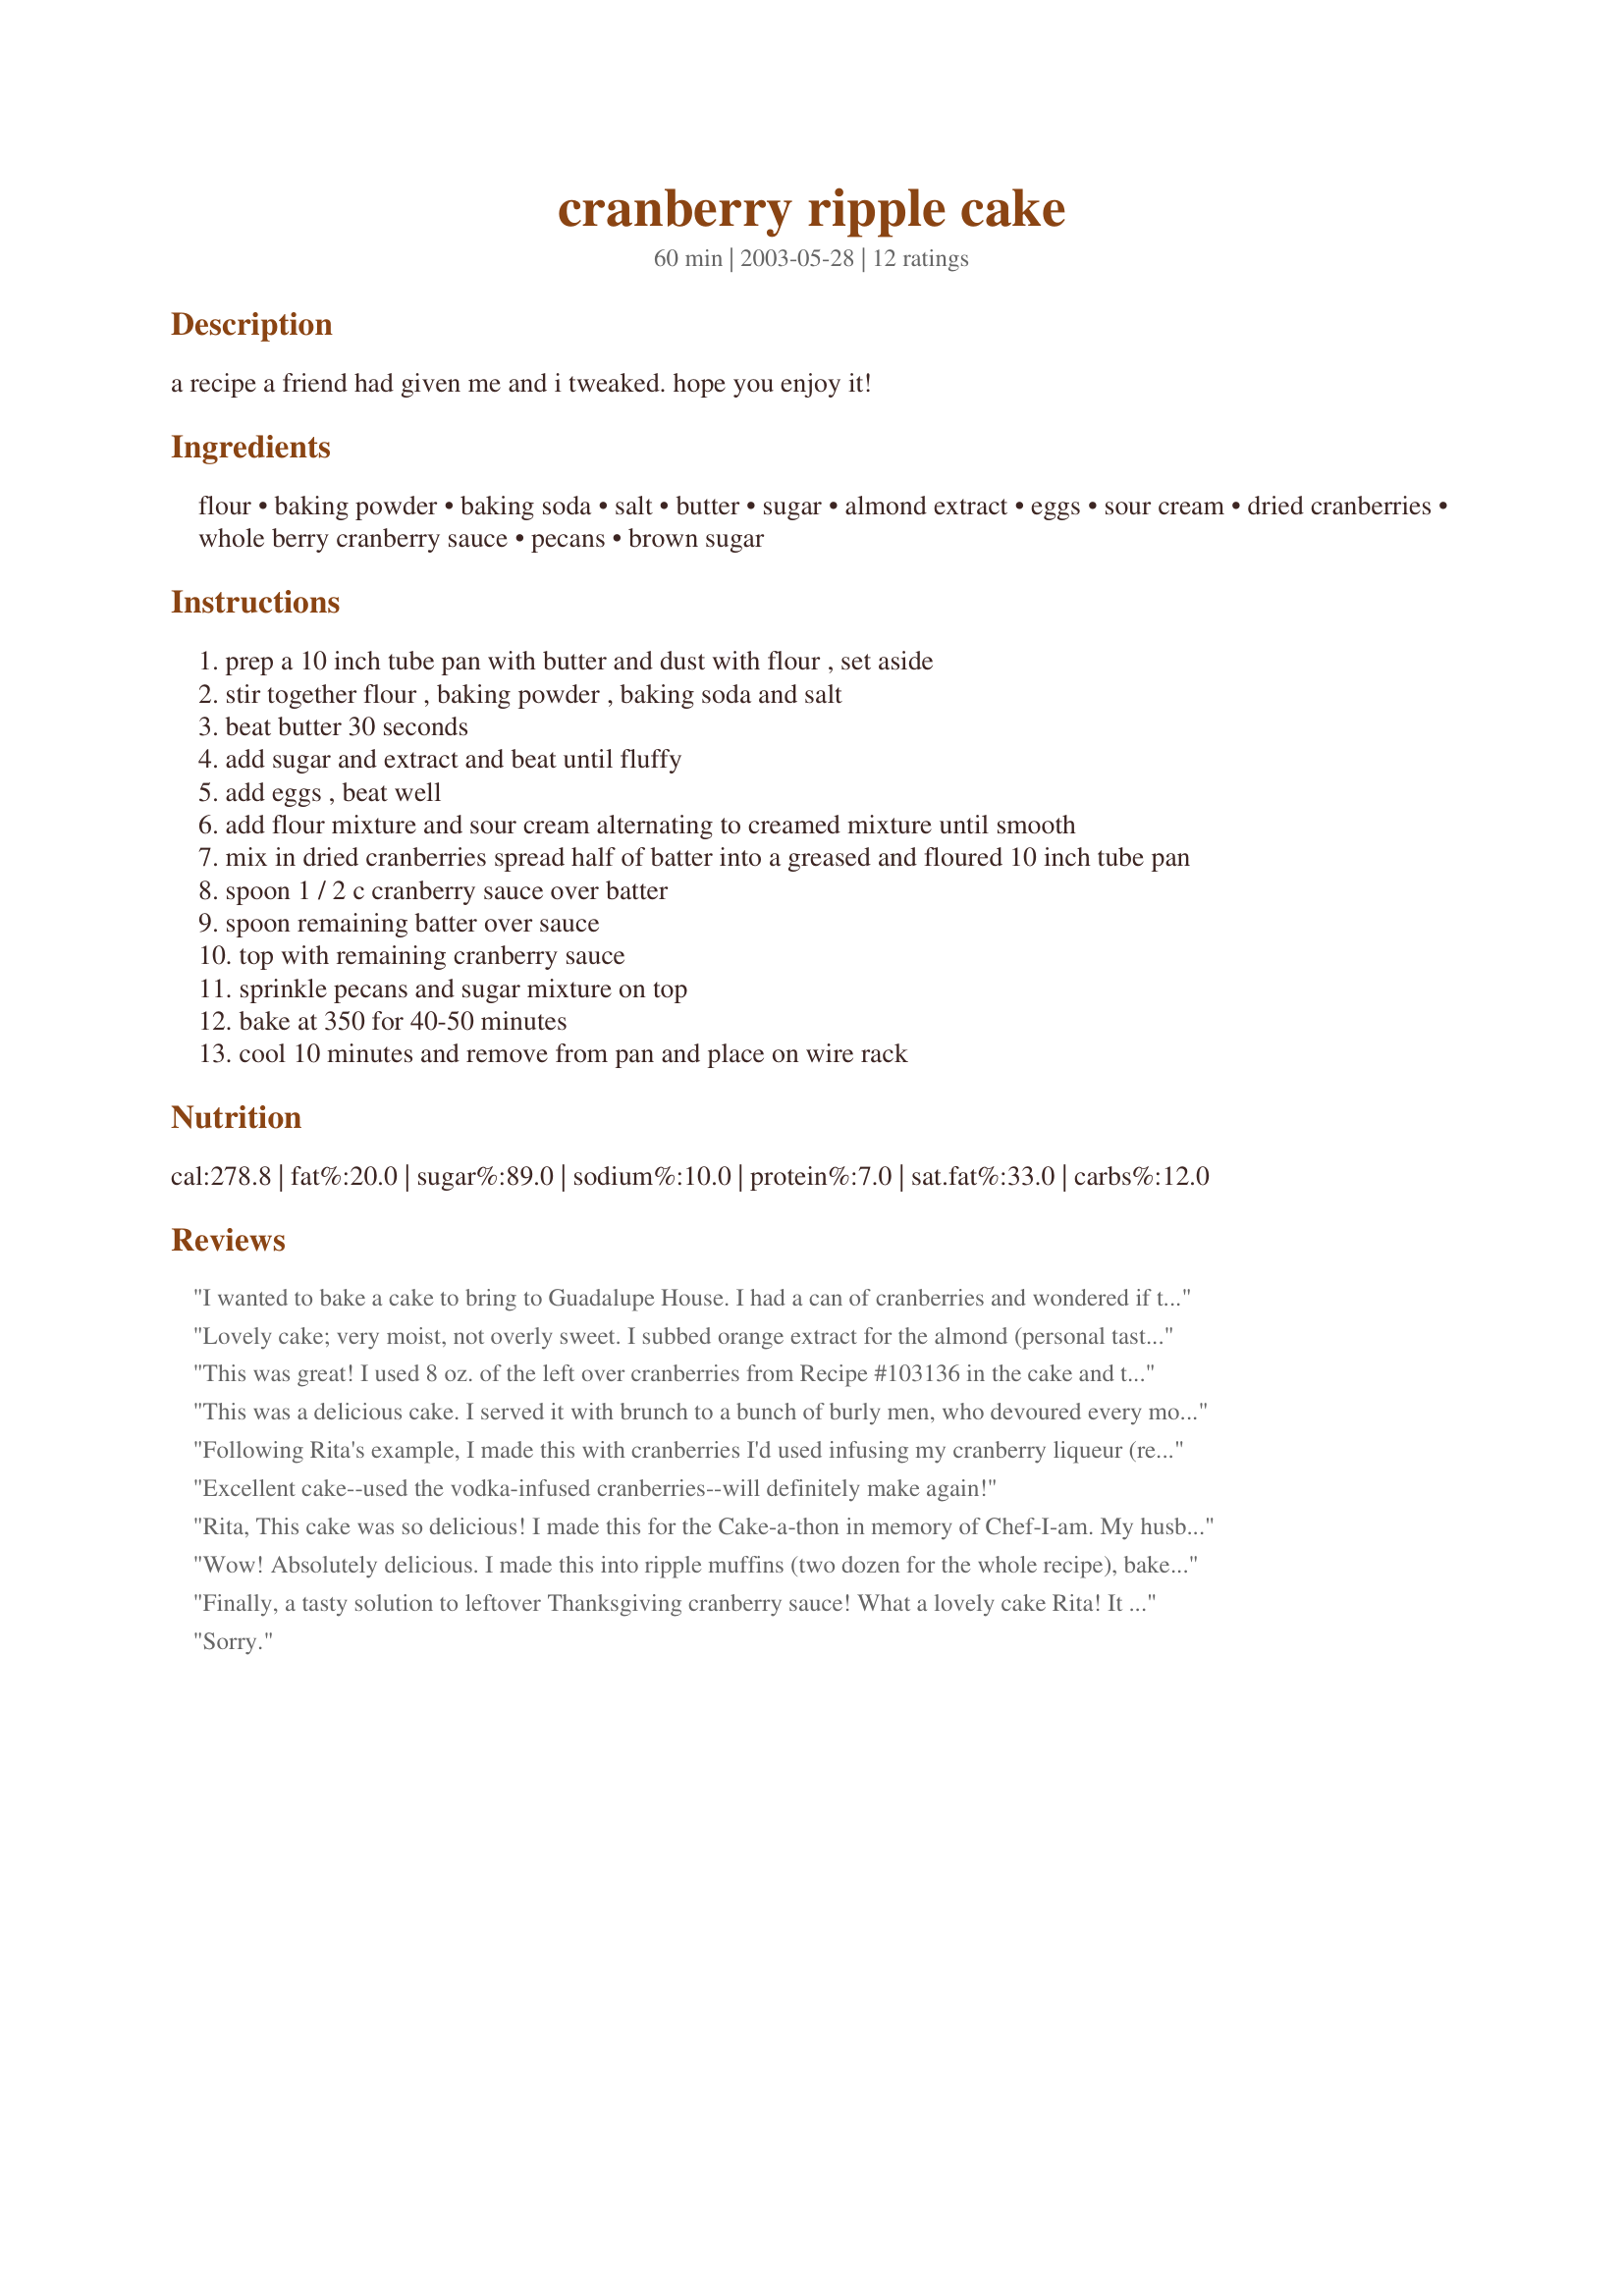
cranberry ripple cake
Preparation time: 60 minutes

a recipe a friend had given me and i tweaked. hope you enjoy it!

Ingredients:
flour, baking powder, baking soda, salt, butter, sugar, almond extract, eggs, sour cream, dried cranberries, whole berry cranberry sauce, pecans, brown sugar

Steps:
prep a 10 inch tube pan with butter and dust with flour , set aside
stir together flour , baking powder , baking soda and salt
beat butter 30 seconds
add sugar and extract and beat until fluffy
add eggs , beat well
add flour mixture and sour cream alternating to creamed mixture until smooth
mix in dried cranberries spread half of batter into a greased and floured 10 inch tube pan
spoon 1 / 2 c cranberry sauce over batter
spoon remaining batter over sauce
top with remaining cranberry sauce
sprinkle pecans and sugar mixture on top
bake at 350 for 40-50 minutes
cool 10 minutes and remove from pan and place on wire rack

Reviews:
I wanted to bake a cake to bring to Guadalupe House. I had a can of cranberries and wondered if there was such a thing as a cranberry cake and found this! I brought it tonight 2/1/11 and folks loved it. I had enough cranberries and sour cream left to make another 1/2 recipe - I made it in a small rectangular pan - will bring it to work tomorrow.
Lovely cake; very moist, not overly sweet. I subbed orange extract for the almond (personal taste) & used a 16 oz. can of cranberry sauce. I followed Hey Judes's lead & used my hands to spread the sauce over the batter - worked great. Thanks for sharing!
This was great! I used 8 oz. of the left over cranberries from Recipe #103136 in the cake and then the rest of the cranberries that were left over in a glaze. I used 2 C powdered sugar, the juice of one lemon and the rest of the left over cranberries and heated that together and topped the slices of cake with it. Yummmo
This was a delicious cake. I served it with brunch to a bunch of burly men, who devoured every morsel. I substituted lemon extract for the almond, as I failed to check for ingredients prior to starting (doh!). Made with cranberries from eebrag's cranberry liqueur recipe (103136).
Following Rita's example, I made this with cranberries I'd used infusing my cranberry liqueur (recipe #103136). It made for a very pretty and tasty cake. I left out the dried cranberries and baked the cake in a bundt pan. Just to say this works very well with liqueur-flavored cranberries. Thanks for the idea, Rita!
Excellent cake--used the vodka-infused cranberries--will definitely make again!
Rita, This cake was so delicious! I made this for the Cake-a-thon in memory of Chef-I-am. My husband was in heaven and can't wait until Thanksgiving when I make another one! The only thing I had to do differently was to use a bundt pan instead of a tube pan. Thanks for posting this recipe!
Wow! Absolutely delicious. I made this into ripple muffins (two dozen for the whole recipe), baked at 375 F for 18 minutes. I am not sure how you could not like or love these, unless maybe you didn't like cranberries or almond extract. I made these light with nonfat sour cream and Smart Balance, and they were still fabulous. I did not use a canned sauce, but a fresh one made with brandy and orange zest. I have made tons of muffins, and these are some of the best. They look gorgeous too!
Finally, a tasty solution to leftover Thanksgiving cranberry sauce! What a lovely cake Rita! It was a bit tricky spooning the cranberry sauce over the batter and I ended up using my hands, it was much easier that way. The pecan sugar topping is such a nice touch....this cake is so moist and delicious, thanks so much Rita, you are Chef Exraordinaire!
Sorry.
I don't bake much, but this came out great. My wife took it to a brunch and it was a hit--she was so pleased. Thanks for posting.
My DH and DS love this. Only changes: substituted vanilla for the almond extract and plain yogurt for the sour cream. Thanks for a perfect cake for the fall season.
